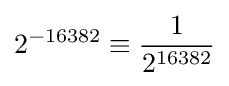
2^{-16382}\equiv {\frac {1}{2^{16382}}}